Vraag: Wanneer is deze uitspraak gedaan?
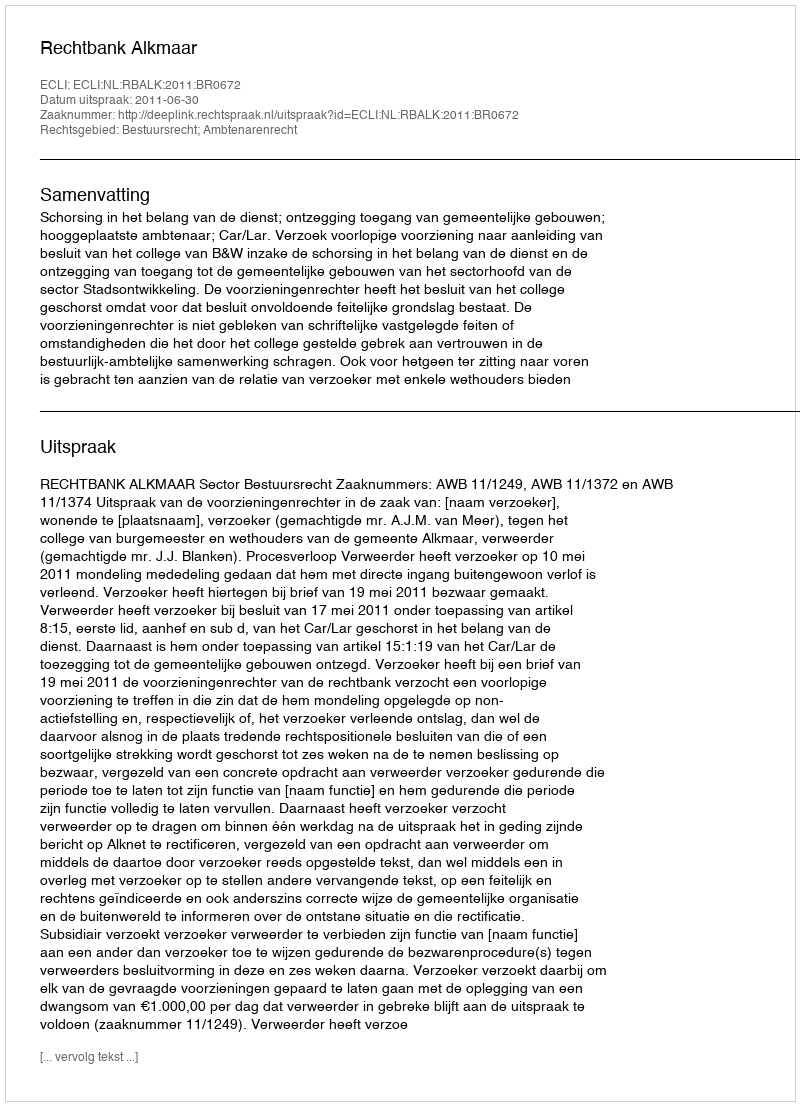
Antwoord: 2011-06-30